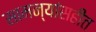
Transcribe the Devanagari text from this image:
सामन्यांसहीत